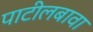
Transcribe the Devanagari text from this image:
पाटीलबावा